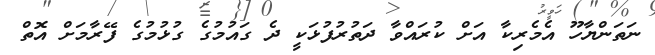
ނަތަންޔާހޫ އެމެރިކާ އަށް ކުރައްވާ ދަތުރުފުޅަކީ ދެ ގަައުމުގެ ގުޅުމުގެ ފޭރާމަށް އޮތް